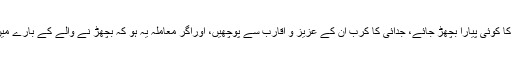
کہتے ہیں کہ جدائی کا غم اس سے پوچھو جس کا کوئی پیارا بچھڑ جائے، جدائی کا کرب ان کے عزیز و اقارب سے پوچھیں، اوراگر معاملہ یہ ہو کہ بچھڑ نے والے کے بارے میں کچھ علم ہی نہ ہو کہ وہ زندہ بھی ہے یا نہیں۔